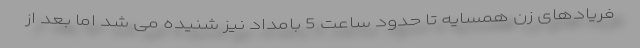
فریادهای زن همسایه تا حدود ساعت 5 بامداد نیز شنیده می شد اما بعد از